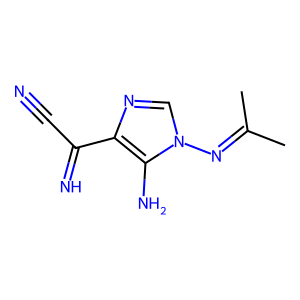
SMILES: CC(C)=Nn1cnc(C(=N)C#N)c1N
Inhibits HIV replication: No